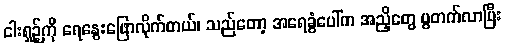
ငါးရှဉ့်ကို ရေနွေးဖြောလိုက်တယ်၊ သည်တော့ အရေခွံပေါ်က အညှိတွေ ပွတက်လာပြီး